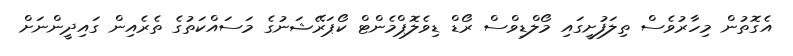
އެގޮތުން މިހާރުވެސް ތިލަފުށީގައި މޯލްޑިވްސް ރޯޑް ޑިވެލޮޕްމެންޓް ކޯޕަރޭޝަނުގެ މަސައްކަތުގެ ތެރެއިން ގައިދީންނަށް